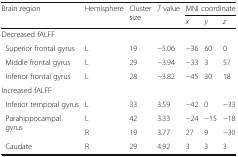
| <ROWSPAN=2> Brain region | <ROWSPAN=2> Hemisphere | <ROWSPAN=2> Cluster size | <ROWSPAN=2> T value | <COLSPAN=3> MNI coordinate |
 | x | y | z |
 | --- | --- | --- | --- | --- | --- | --- |
 | <COLSPAN=7> Decreased fALFF |
 | Superior frontal gyrus | L | 19 | −5.06 | −36 | 60 | 0 |
 | Middle frontal gyrus | L | 29 | −3.94 | −33 | 3 | 57 |
 | Inferior frontal gyrus | L | 28 | −3.82 | −45 | 30 | 18 |
 | <COLSPAN=7> Increased fALFF |
 | Inferior temporal gyrus | L | 33 | 3.59 | −42 | 0 | −33 |
 | <ROWSPAN=2> Parahippocampal gyrus | L | 42 | 3.33 | −24 | −15 | −18 |
 | R | 19 | 3.77 | 27 | 9 | −30 |
 | Caudate | R | 29 | 4.92 | 3 | 3 | 3 |